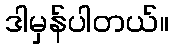
ဒါမှန်ပါတယ်။